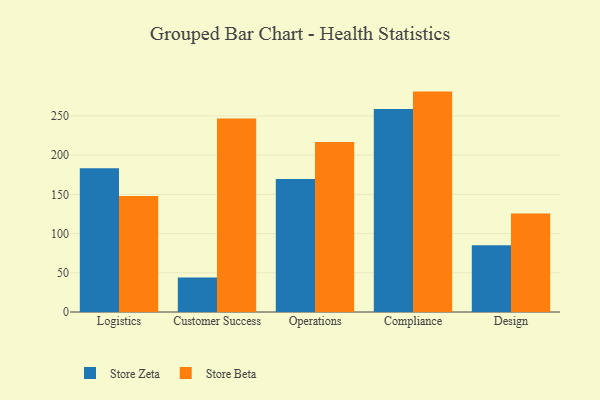
{"axis": {"x": "Department", "y": "Customer Acquisition Cost (USD)"}, "legend": ["Store Beta", "Store Zeta"], "data": [{"x": "Logistics", "y": 183.4, "type": "Store Zeta"}, {"x": "Logistics", "y": 147.9, "type": "Store Beta"}, {"x": "Customer Success", "y": 44.0, "type": "Store Zeta"}, {"x": "Customer Success", "y": 246.6, "type": "Store Beta"}, {"x": "Operations", "y": 169.6, "type": "Store Zeta"}, {"x": "Operations", "y": 216.8, "type": "Store Beta"}, {"x": "Compliance", "y": 258.8, "type": "Store Zeta"}, {"x": "Compliance", "y": 281.0, "type": "Store Beta"}, {"x": "Design", "y": 85.0, "type": "Store Zeta"}, {"x": "Design", "y": 125.5, "type": "Store Beta"}]}